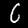
Digit: 6